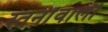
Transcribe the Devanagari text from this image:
स्तनोंवाली